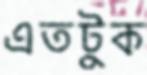
এতটুক